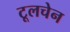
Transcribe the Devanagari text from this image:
टूलचेन